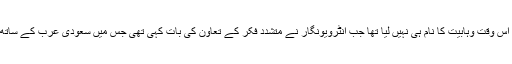
واضح رہے کہ محمد بن سلمان نے اس وقت وہابیت کا نام ہی نہیں لیا تھا جب انٹرویونگار نے متشدد فکر کے تعاون کی بات کہی تھی جس میں سعودی عرب کے ساتھ یورپ اور امریکہ بھی شامل تھے۔